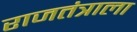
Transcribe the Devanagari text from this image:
राजतंत्राला